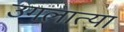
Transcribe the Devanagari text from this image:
उगलात्या